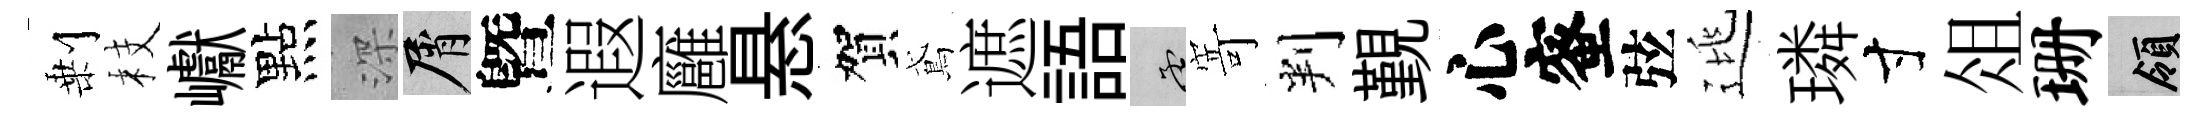
剰枝巘點深屑曁遐廱悬賀鳶遮語孟𭔃判覲心蜜弦逃璘寸俎珊領